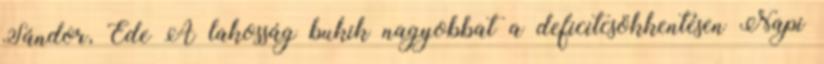
Sándor, Ede A lakosság bukik nagyobbat a deficitcsökkentésen Napi